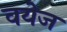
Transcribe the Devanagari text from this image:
वयेज